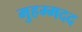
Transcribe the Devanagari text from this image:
मुहम्मदद